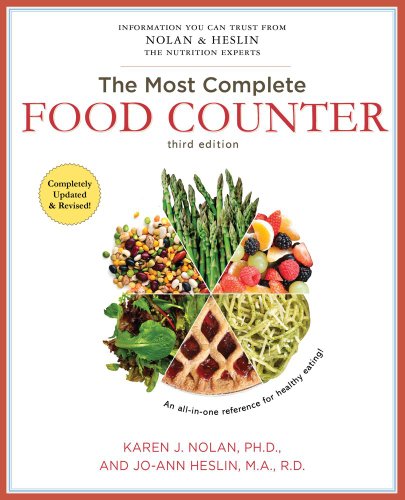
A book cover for The Most Complete Food Counter:; Jo-Ann Heslin M.A.  R.D.  CDN; Health, Fitness & Dieting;